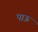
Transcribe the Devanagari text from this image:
पाऊ